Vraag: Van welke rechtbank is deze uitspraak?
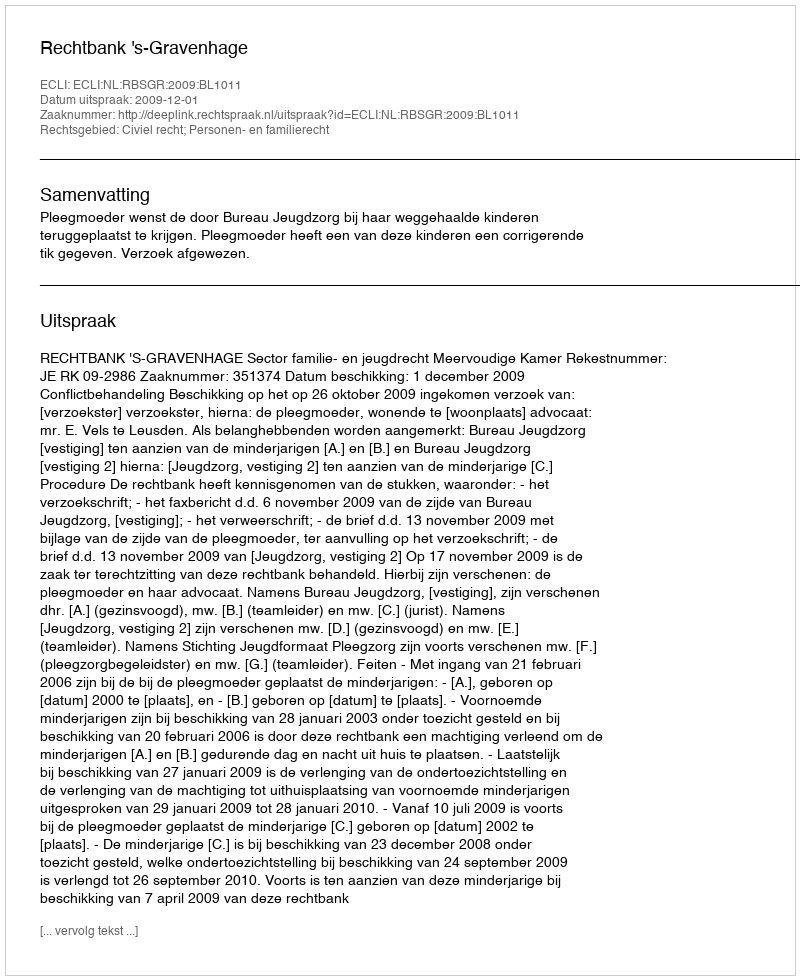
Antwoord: Rechtbank 's-Gravenhage